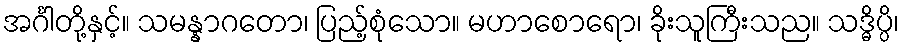
အင်္ဂါတို့နှင့်။ သမန္နာဂတော၊ ပြည့်စုံသော။ မဟာစောရော၊ ခိုးသူကြီးသည။ သဒ္ဓိပ္ပိ၊